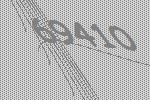
69410